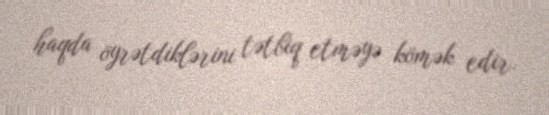
haqda öyrətdiklərini tətbiq etməyə kömək edir.